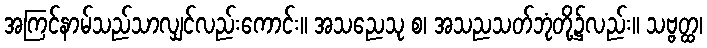
အကြင်နာမ်သည်သာလျှင်လည်းကောင်း။ အသညေသု စ၊ အသညသတ်ဘုံတို့၌လည်း။ သဗ္ဗတ္ထ၊